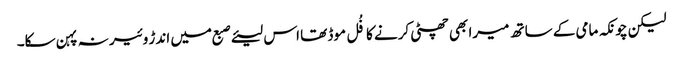
لیکن چونکہ مامی کے ساتھ میرا بھی چھٹی کرنے کا فُل موڈ تھا اس لیئے صبع میں اندڑ وئیر نہ پہن سکا۔